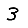
Digit: 3